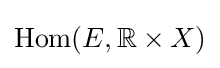
\mathrm {Hom} (E,\mathbb {R} \times X)